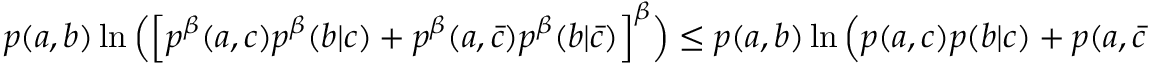
\begin{array} { r } { p ( a , b ) \ln \Big ( \Big [ p ^ { \beta } ( a , c ) p ^ { \beta } ( b | c ) + p ^ { \beta } ( a , \bar { c } ) p ^ { \beta } ( b | \bar { c } ) \Big ] ^ { \beta } \Big ) \leq p ( a , b ) \ln \Big ( p ( a , c ) p ( b | c ) + p ( a , \bar { c } ) p ( b | \bar { c } ) \Big ) = p ( a , b ) \ln p ( a , b ) . } \end{array}